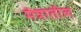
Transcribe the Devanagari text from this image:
मंत्रातील